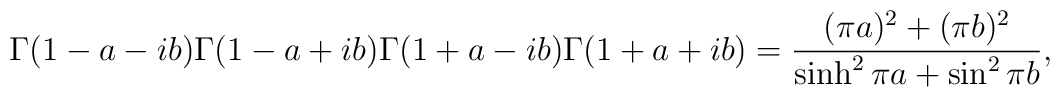
\Gamma(1-a-ib)\Gamma(1-a+ib)\Gamma(1+a-ib)\Gamma(1+a+ib)=\frac{(\pi a)^2+(\pi b)^2}{\sinh^2\pi a +\sin^2\pi b},